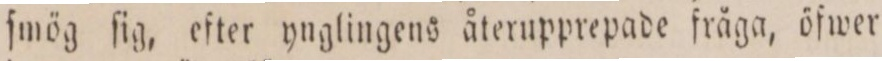
ſmög ſig, efter ynglingens återupprepade fråga, öfwer